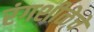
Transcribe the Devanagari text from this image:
रंगशीळेचे